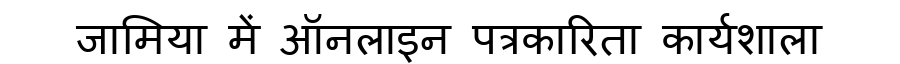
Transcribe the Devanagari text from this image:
जामिया में ऑनलाइन पत्रकारिता कार्यशाला